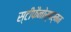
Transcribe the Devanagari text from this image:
स्टीफैनोस्पर्मम